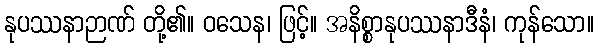
နုပဿနာဉာဏ် တို့၏။ ဝသေန၊ ဖြင့်။ အနိစ္စာနုပဿနာဒီနံ၊ ကုန်သော။